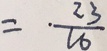
= \cdot \frac { 2 3 } { 1 6 }